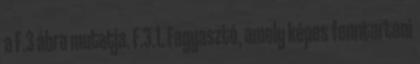
a F.3 ábra mutatja. F.3.1. Fagyasztó, amely képes fenntartani